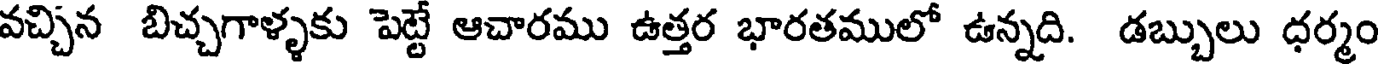
వచ్చిన బిచ్చగాళ్ళకు పెట్టే ఆచారము ఉత్తర భారతములో ఉన్నది. డబ్బులు ధర్మం